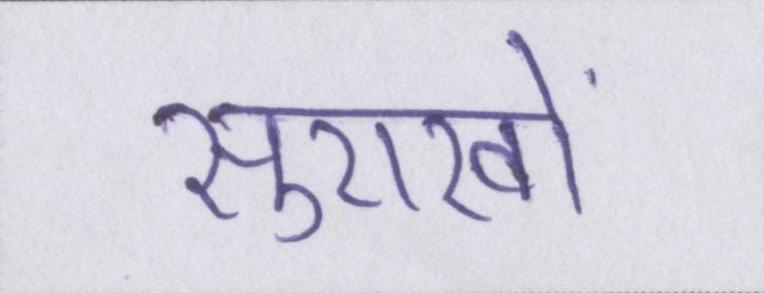
सुराखों